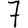
Digit: 7